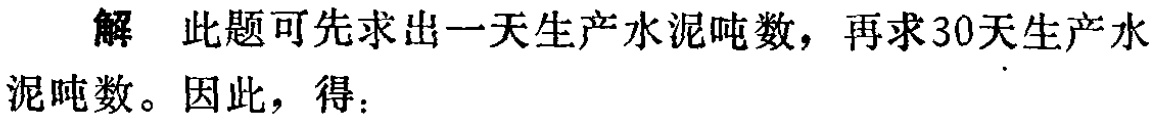
解 此题可先求出一天生产水泥吨数，再求30天生产水泥吨数。因此，得：